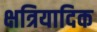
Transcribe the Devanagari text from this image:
क्षत्रियादिक